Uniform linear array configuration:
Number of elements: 64
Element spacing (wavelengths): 0.25
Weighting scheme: binomial
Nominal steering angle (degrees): -60
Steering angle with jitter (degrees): -59.253
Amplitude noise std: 0.05
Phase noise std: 0.05

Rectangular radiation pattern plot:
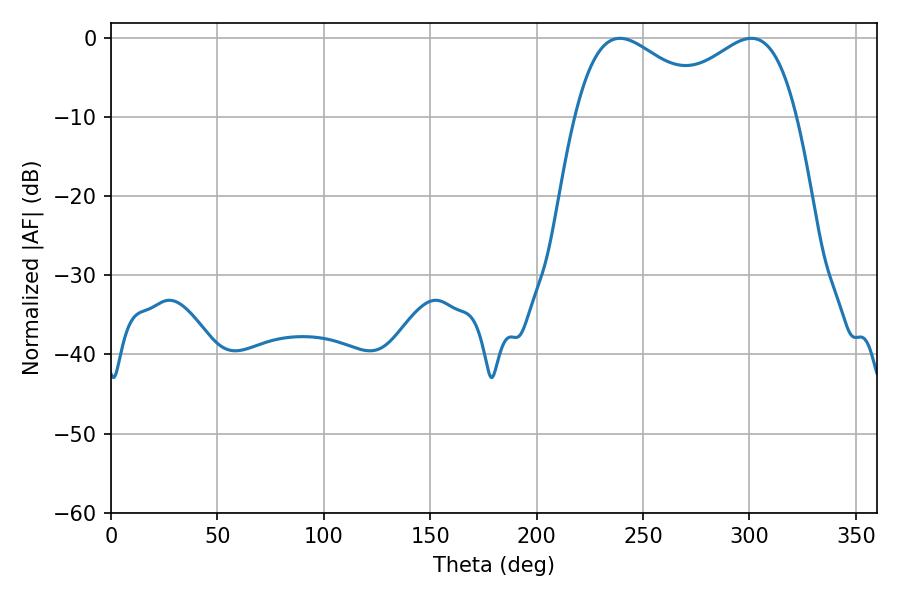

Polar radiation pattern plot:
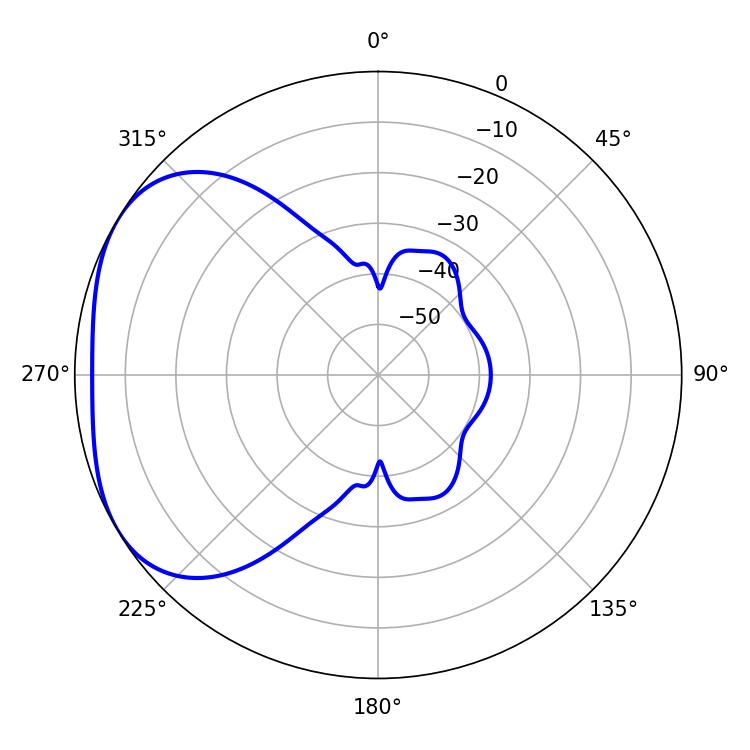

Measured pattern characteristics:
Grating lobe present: FALSE
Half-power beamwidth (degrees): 35.64
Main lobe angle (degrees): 239.04